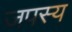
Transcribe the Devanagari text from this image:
जपस्य